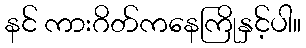
နင် ကားဂိတ်ကနေကြိုနှင့်ပါ။